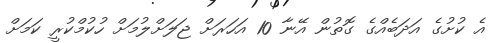
އެ ކުށުގެ އަދަބެއްގެ ގޮތުން އޭނާ 10 އަހަރަށް ޖަލަށްލުމަށް ހުކުމްކުރީ ކަމަށް